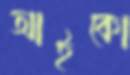
আইকো